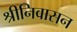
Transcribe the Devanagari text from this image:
श्रीनिवासन